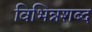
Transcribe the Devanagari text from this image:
विभिन्नशब्द